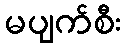
မပျက်စီး